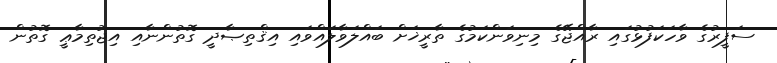
ސަފީރުގެ ވާހަކަފުޅުގައި ރާއްޖޭގެ މިނިވަންކަމުގެ ތާރީޚަށް ބައްލަވާލައްވައި އިޤްތިޞާދީ ގޮތުންނާއި އިޖުތިމާޢީ ގޮތުން